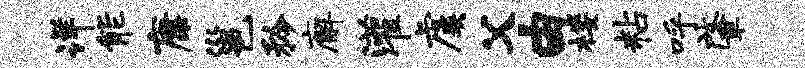
详能康邕矜廨灌虞父由楼粘呼肇